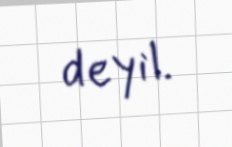
deyil.